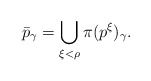
\begin{align*}\bar p_\gamma = \bigcup_{\xi<\rho}\pi(p^\xi)_{\gamma}.\end{align*}